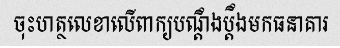
ចុះហត្ថលេខាលើពាក្យបណ្តឹងប្តឹងមកធនាគារ